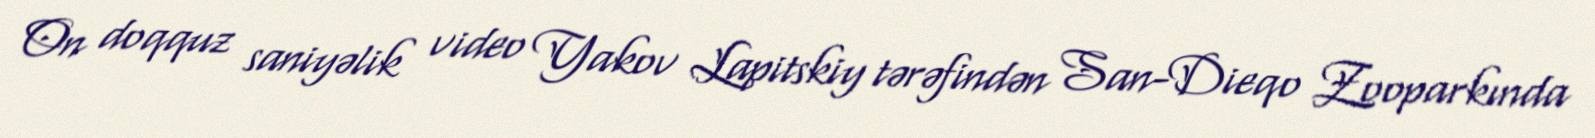
On doqquz saniyəlik video Yakov Lapitskiy tərəfindən San-Dieqo Zooparkında